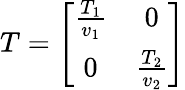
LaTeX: T=\left[\begin{array}{cc}{{\frac{T_{1}}{v_{1}}}}&{{0}}\\ {{0}}&{{\frac{T_{2}}{v_{2}}}}\end{array}\right]